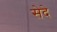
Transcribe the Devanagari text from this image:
सेदे